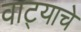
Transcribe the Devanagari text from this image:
वाट्याचे